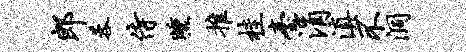
郎蓉侍曛推桂台涓滇不洞